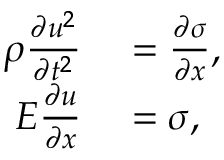
\begin{array} { r l } { \rho \frac { \partial u ^ { 2 } } { \partial t ^ { 2 } } } & { { } = \frac { \partial \sigma } { \partial x } , } \\ { E \frac { \partial u } { \partial x } } & { { } = \sigma , } \end{array}